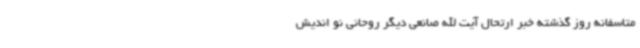
متاسفانه روز گذشته خبر ارتحال آیت الله صانعی دیگر روحانی نو اندیش